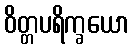
ဝိတ္တပရိက္ခယော